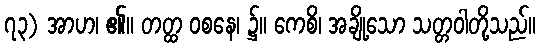
၇၃) အာဟ၊ ၏။ တတ္ထ ဝစနေ၊ ၌။ ကေစိ၊ အချို့သော သတ္တဝါတို့သည်။